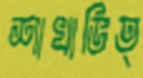
শাখাভিত্